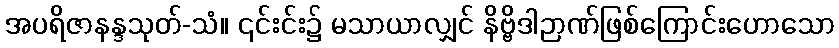
အပရိဇာနန္ဒသုတ်-သံ။ ၎င်းင်း၌ မသာယာလျှင် နိဗ္ဗိဒါဉာဏ်ဖြစ်ကြောင်းဟောသော